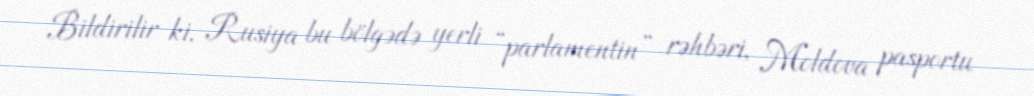
Bildirilir ki, Rusiya bu bölgədə yerli “parlamentin” rəhbəri, Moldova pasportu